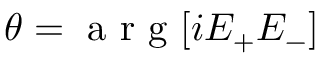
\theta = \mathrm { ~ a ~ r ~ g ~ } [ i E _ { + } E _ { - } ]